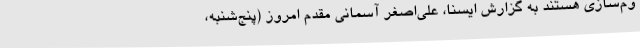
وم‌سازی هستند به گزارش ایسنا، علی‌اصغر آسمانی مقدم امروز (پنج‌شنبه،